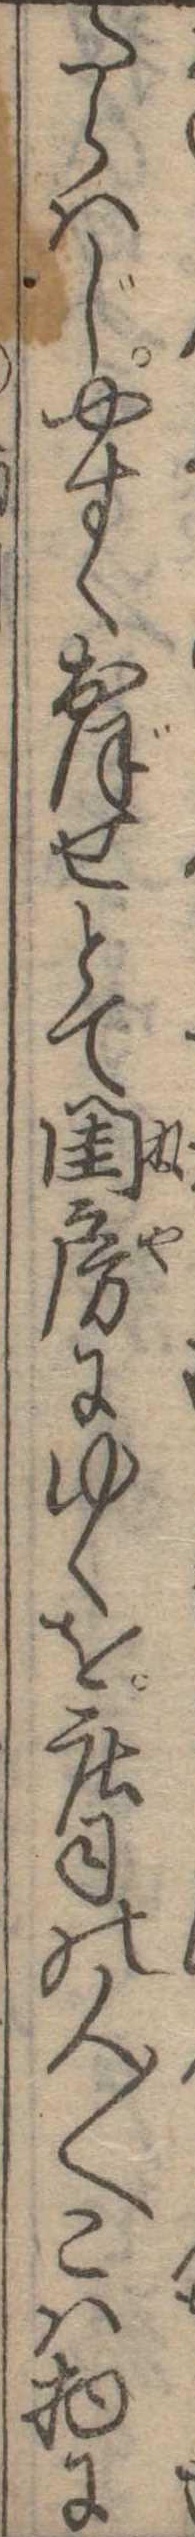
たらはじやすくおぼせとて閨房にゆくを荘司の人〱こは物に